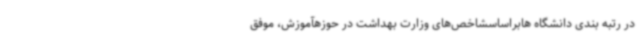
در رتبه بندی دانشگاه هابراساسشاخص‌های وزارت بهداشت در حوزهآموزش، موفق